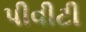
પીવીટી